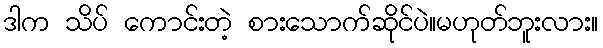
ဒါက သိပ် ကောင်းတဲ့ စားသောက်ဆိုင်ပဲ။မဟုတ်ဘူးလား။